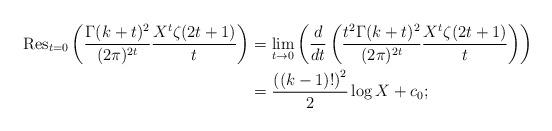
LaTeX: \begin{align*} \mathrm{Res}_{t=0}\left(\frac{\Gamma(k+t)^2}{(2\pi)^{2t}}\frac{X^t\zeta(2t+1)}{t}\right)&= \lim_{t \to 0}\left(\frac{d}{dt}\left(\frac{t^2\Gamma(k+t)^2}{(2\pi)^{2t}}\frac{X^t\zeta(2t+1)}{t}\right)\right)\\ &=\frac{\left((k-1)!\right)^2}{2}\log X+c_0; \end{align*}